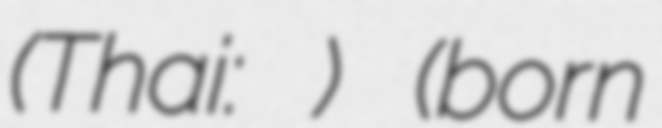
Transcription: (Thai: ริชชี่) (born